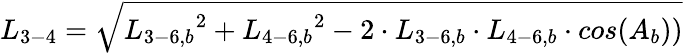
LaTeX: {L_{3-4}}=\sqrt{{L_{3-6,b}}^{2}+{L_{4-6,b}}^{2}-2\cdot{L_{3-6,b}}\cdot{L_{4-6,b}}\cdot cos({A_{b}}))}